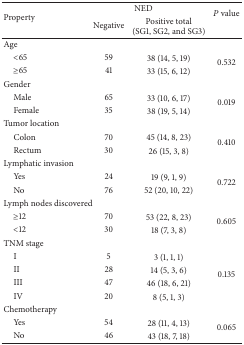
<table><thead><tr><td rowspan="2"><b>Property</b></td><td colspan="2"><b>NED</b></td><td rowspan="2"><b><i>P</i> value</b></td></tr><tr><td><b>Negative</b></td><td><b>Positivetotal (SG1, SG2, and SG3)</b></td></tr></thead><tbody><tr><td>Age</td><td> </td><td> </td><td> </td></tr><tr><td> &lt;65</td><td>59</td><td>38 (14, 5, 19)</td><td rowspan="2">0.532</td></tr><tr><td> ≥65</td><td>41</td><td>33 (15, 6, 12)</td></tr><tr><td>Gender</td><td> </td><td> </td><td> </td></tr><tr><td> Male</td><td>65</td><td>33 (10, 6, 17)</td><td rowspan="2">0.019</td></tr><tr><td> Female</td><td>35</td><td>38 (19, 5, 14)</td></tr><tr><td>Tumor location</td><td> </td><td> </td><td> </td></tr><tr><td> Colon</td><td>70</td><td>45 (14, 8, 23)</td><td rowspan="2">0.410</td></tr><tr><td> Rectum</td><td>30</td><td>26 (15, 3, 8)</td></tr><tr><td>Lymphatic invasion</td><td> </td><td> </td><td> </td></tr><tr><td> Yes</td><td>24</td><td>19 (9, 1, 9)</td><td rowspan="2">0.722</td></tr><tr><td> No</td><td>76</td><td>52 (20, 10, 22)</td></tr><tr><td>Lymph nodes discovered</td><td> </td><td> </td><td> </td></tr><tr><td> ≥12</td><td>70</td><td>53 (22, 8, 23)</td><td rowspan="2">0.605</td></tr><tr><td> &lt;12</td><td>30</td><td>18 (7, 3, 8)</td></tr><tr><td>TNM stage</td><td> </td><td> </td><td> </td></tr><tr><td> I</td><td>5</td><td>3 (1, 1, 1)</td><td rowspan="4">0.135</td></tr><tr><td> II</td><td>28</td><td>14 (5, 3, 6)</td></tr><tr><td> III</td><td>47</td><td>46 (18, 6, 21)</td></tr><tr><td> IV</td><td>20</td><td>8 (5, 1, 3)</td></tr><tr><td>Chemotherapy</td><td> </td><td> </td><td> </td></tr><tr><td> Yes</td><td>54</td><td>28 (11, 4, 13)</td><td rowspan="2">0.065</td></tr><tr><td> No</td><td>46</td><td>43 (18, 7, 18)</td></tr></tbody></table>